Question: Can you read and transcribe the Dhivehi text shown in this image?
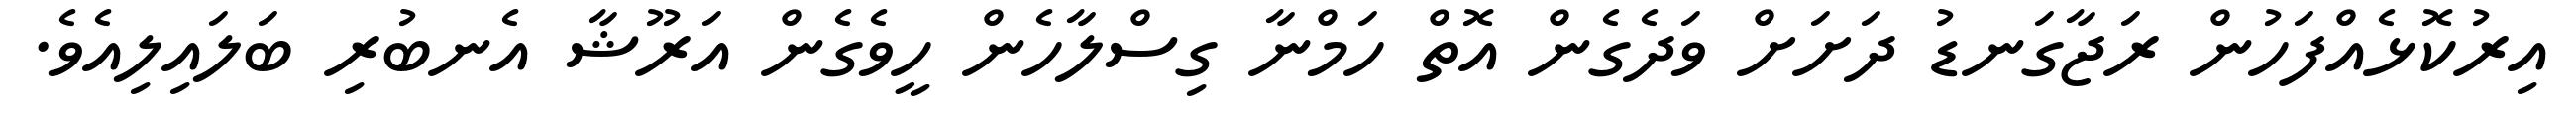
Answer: އިރުކޮޅެއްފަހުން ރަޖާގަނޑު ދަށަށް ވަދެގެން އޮތް ހަމްނާ ގިސްލާހެން ހީވެގެން އަރޫޝާ އެނބުރި ބަލައިލިއެވެ.